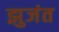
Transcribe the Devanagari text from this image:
झुजंत